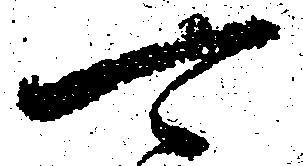
可